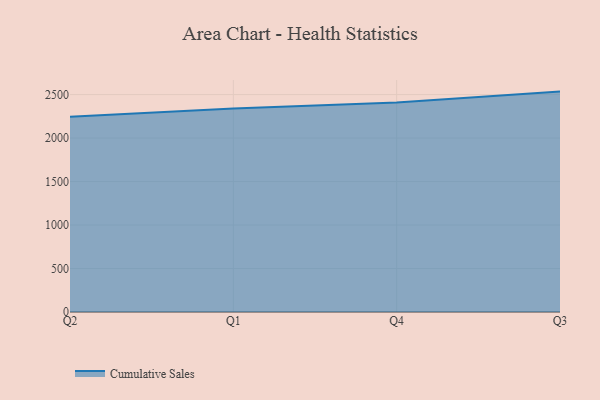
{"axis": {"x": "Quarter", "y": "LTV (USD)"}, "legend": ["Cumulative Sales"], "data": [{"x": "Q2", "y": 2243.7, "type": "Cumulative Sales"}, {"x": "Q1", "y": 2340.4, "type": "Cumulative Sales"}, {"x": "Q4", "y": 2409.3, "type": "Cumulative Sales"}, {"x": "Q3", "y": 2534.3, "type": "Cumulative Sales"}]}